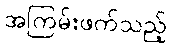
အကြမ်းဖက်သည့်